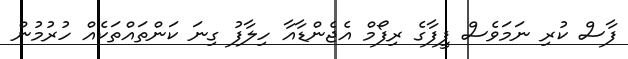
ފާސް ކުރި ނަމަވެސް ފީފާގެ ރިފޯމް އެޖެންޑާއާ ހިލާފު ގިނަ ކަންތައްތަކެއް ހުރުމުން